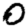
Digit: 0